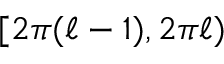
[ 2 \pi ( \ell - 1 ) , 2 \pi \ell )